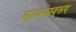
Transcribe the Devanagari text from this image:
साधनस्वरूप